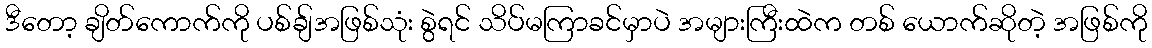
ဒီတော့ ချိတ်ကောက်ကို ပစ်ချ်အဖြစ်သုံး စွဲရင် သိပ်မကြာခင်မှာပဲ အများကြီးထဲက တစ် ယောက်ဆိုတဲ့ အဖြစ်ကို